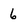
Character: 6